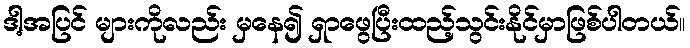
ဒါ့အပြင် များကိုလည်း မှနေ၍ ရှာဖွေပြီးထည့်သွင်းနိုင်မှာဖြစ်ပါတယ်။